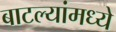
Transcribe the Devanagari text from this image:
बाटल्यांमध्ये